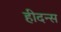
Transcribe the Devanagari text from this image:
हीदन्स